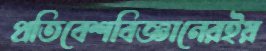
প্রতিবেশবিজ্ঞানেরইয়